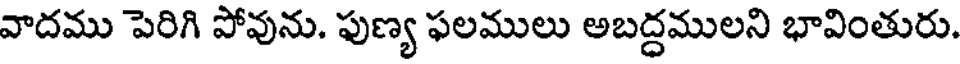
వాదము పెరిగి పోవును. పుణ్య ఫలములు అబద్ధములని భావింతురు.